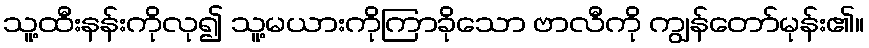
သူ့ထီးနန်းကိုလု၍ သူ့မယားကိုကြာခိုသော ဗာလီကို ကျွန်တော်မုန်း၏။